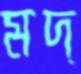
মদ্